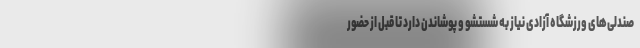
صندلی‌های ورزشگاه آزادی نیاز به شستشو و پوشاندن دارد تا قبل از حضور